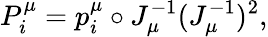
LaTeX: P_{i}^{\mu}=p_{i}^{\mu}\circ J_{\mu}^{-1}(J_{\mu}^{-1})^{2},